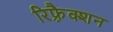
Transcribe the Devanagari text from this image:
रिफ़्रैक्शन